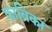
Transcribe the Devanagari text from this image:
फाब्रिका